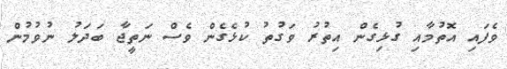
ވެފައި އޮތުމާއި ގުޅިގެން އިތުރު ވަގުތު ކުޅެގެން ވެސް ނަތީޖާ ބަދަލު ނުވުމުން